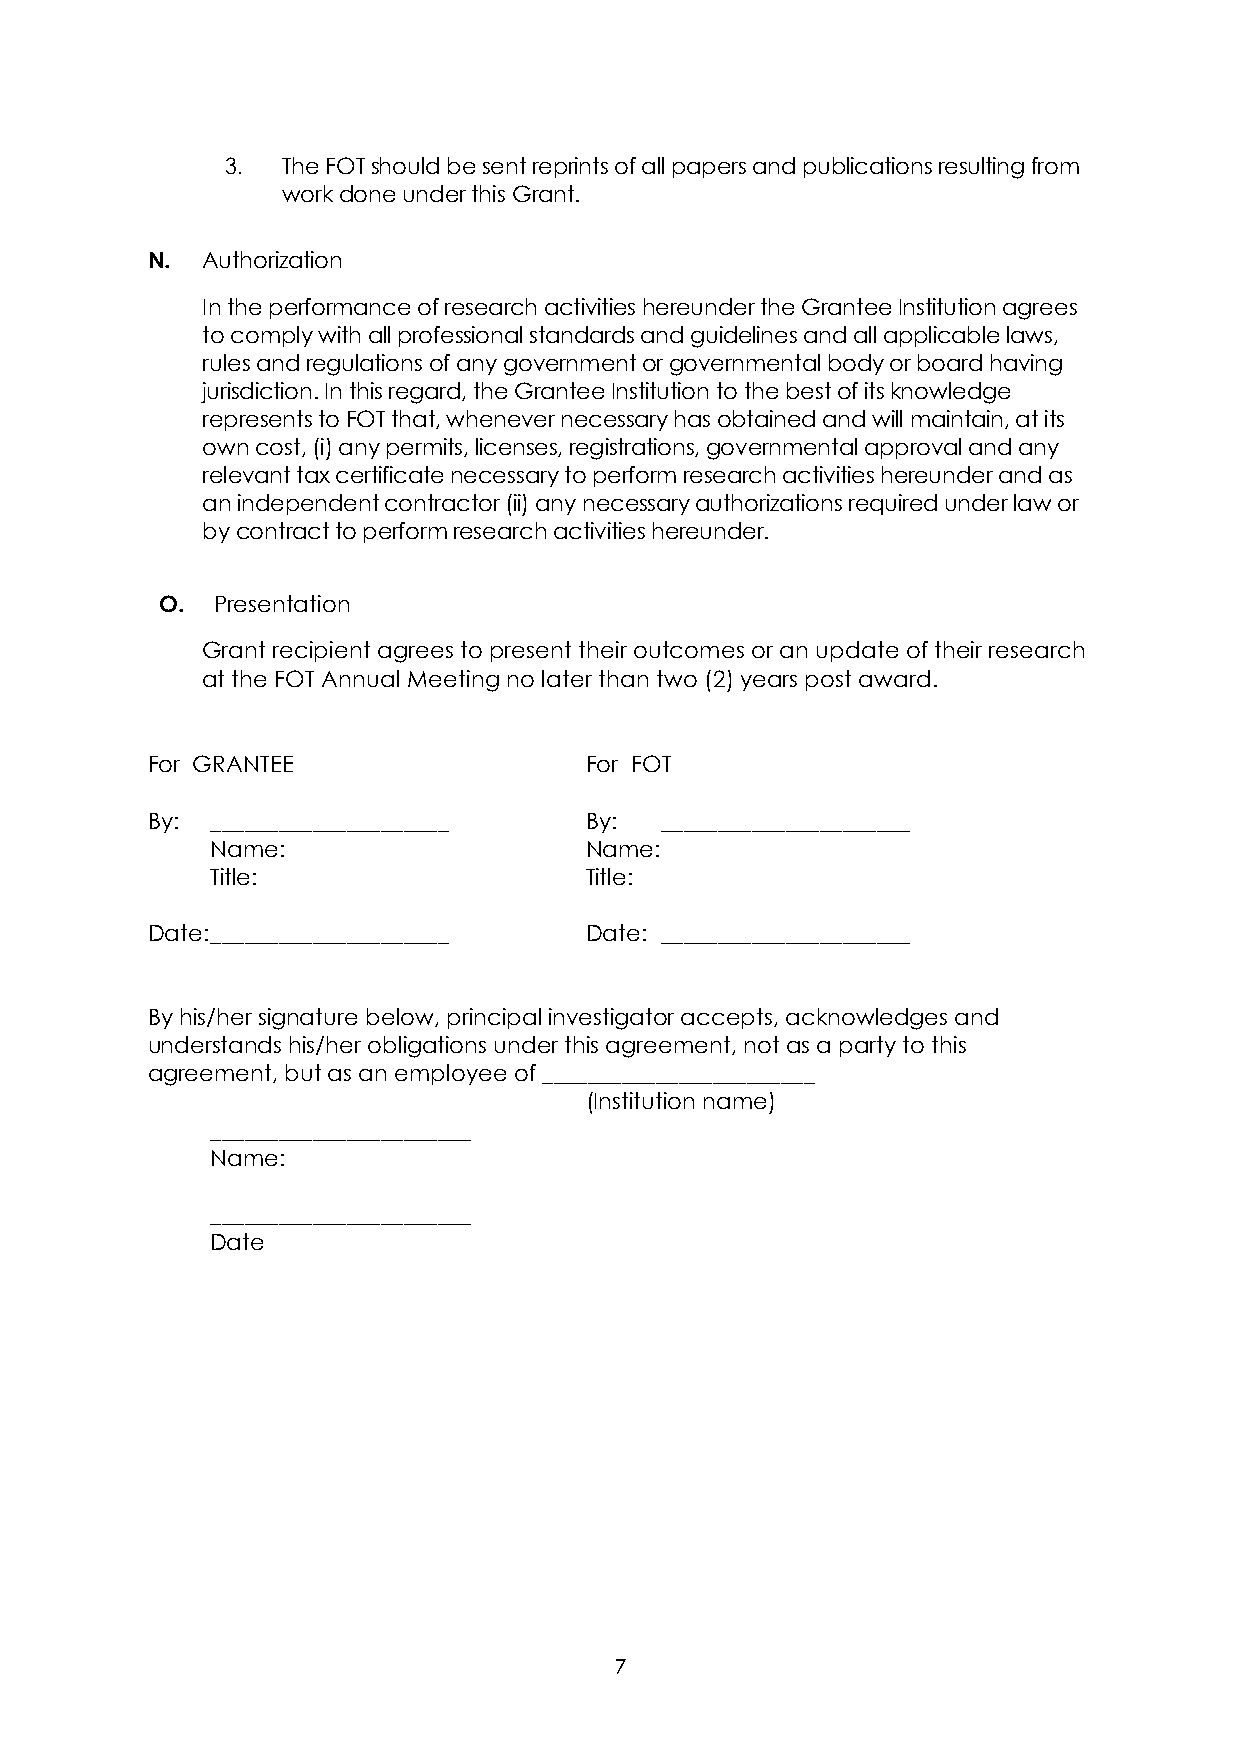
3.  The FOT should be sent reprints of all papers and publications resulting from
 work done under this Grant.
 N. Authorization
 In the performance of research activities hereunder the Grantee Institution agrees
 to comply with all professional standards and guidelines and all applicable laws,
 rules and regulations of any government or governmental body or board having
 jurisdiction. In this regard, the Grantee Institution to the best of its knowledge
 represents to FOT that, whenever necessary has obtained and will maintain, at its
 own cost, (i) any permits, licenses, registrations, governmental approval and any
 relevant tax certificate necessary to perform research activities hereunder and as
 an independent contractor (ii) any necessary authorizations required under law or
 by contract to perform research activities hereunder.
 O. Presentation
 Grant recipient agrees to present their outcomes or an update of their research
 at the FOT Annual Meeting no later than two (2) years post award.
 For GRANTEE                  For FOT
 By: _____________________    By:  ______________________
 Name:                    Name:
 Title:                   Title:
 Date: _____________________  Date: ______________________
 By his/her signature below, principal investigator accepts, acknowledges and
 understands his/her obligations under this agreement, not as a party to this
 agreement, but as an employee of ________________________
 (Institution name)
 _______________________
 Name:
 _______________________
 Date
 7